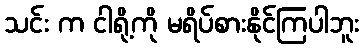
သင်း က ငါရို့ကို မရိပ်စားနိုင်ကြပါဘူး